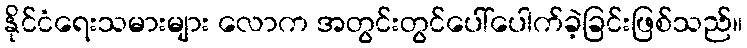
နိုင်ငံရေးသမားများ လောက အတွင်းတွင်ပေါ်ပေါက်ခဲ့ခြင်းဖြစ်သည်။